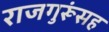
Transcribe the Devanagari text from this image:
राजगुरूंसह